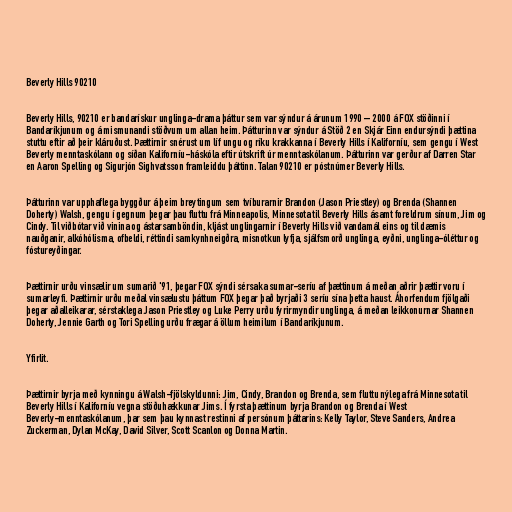
Beverly Hills 90210

Beverly Hills, 90210 er bandarískur unglinga-drama þáttur sem var sýndur á árunum 1990 – 2000 á FOX stöðinni í
Bandaríkjunum og á mismunandi stöðvum um allan heim. Þátturinn var sýndur á Stöð 2 en Skjár Einn endursýndi þættina
stuttu eftir að þeir kláruðust. Þættirnir snérust um líf ungu og ríku krakkanna í Beverly Hills í Kaliforníu, sem gengu í West
Beverly menntaskólann og síðan Kaliforníu-háskóla eftir útskrift úr menntaskólanum. Þátturinn var gerður af Darren Star
en Aaron Spelling og Sigurjón Sighvatsson framleiddu þáttinn. Talan 90210 er póstnúmer Beverly Hills.

Þátturinn var upphaflega byggður á þeim breytingum sem tvíburarnir Brandon (Jason Priestley) og Brenda (Shannen
Doherty) Walsh, gengu í gegnum þegar þau fluttu frá Minneapolis, Minnesota til Beverly Hills ásamt foreldrum sínum, Jim og
Cindy. Til viðbótar við vinina og ástarsamböndin, kljást unglingarnir í Beverly Hills við vandamál eins og til dæmis
nauðganir, alkóhólisma, ofbeldi, réttindi samkynhneigðra, misnotkun lyfja, sjálfsmorð unglinga, eyðni, unglinga-óléttur og
fóstureyðingar.

Þættirnir urðu vinsælir um sumarið '91, þegar FOX sýndi sérsaka sumar-seríu af þættinum á meðan aðrir þættir voru í
sumarleyfi. Þættirnir urðu meðal vinsælustu þáttum FOX þegar það byrjaði 3 seríu sína þetta haust. Áhorfendum fjölgaði
þegar aðalleikarar, sérstaklega Jason Priestley og Luke Perry urðu fyrirmyndir unglinga, á meðan leikkonurnar Shannen
Doherty, Jennie Garth og Tori Spelling urðu frægar á öllum heimilum í Bandaríkjunum.

Yfirlit.

Þættirnir byrja með kynningu á Walsh-fjölskyldunni: Jim, Cindy, Brandon og Brenda, sem fluttu nýlega frá Minnesota til
Beverly Hills í Kaliforníu vegna stöðuhækkunar Jims. Í fyrsta þættinum byrja Brandon og Brenda í West
Beverly-menntaskólanum, þar sem þau kynnast restinni af persónum þáttarins: Kelly Taylor, Steve Sanders, Andrea
Zuckerman, Dylan McKay, David Silver, Scott Scanlon og Donna Martin.